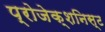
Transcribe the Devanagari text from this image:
प्रोजेक्शनिस्ट